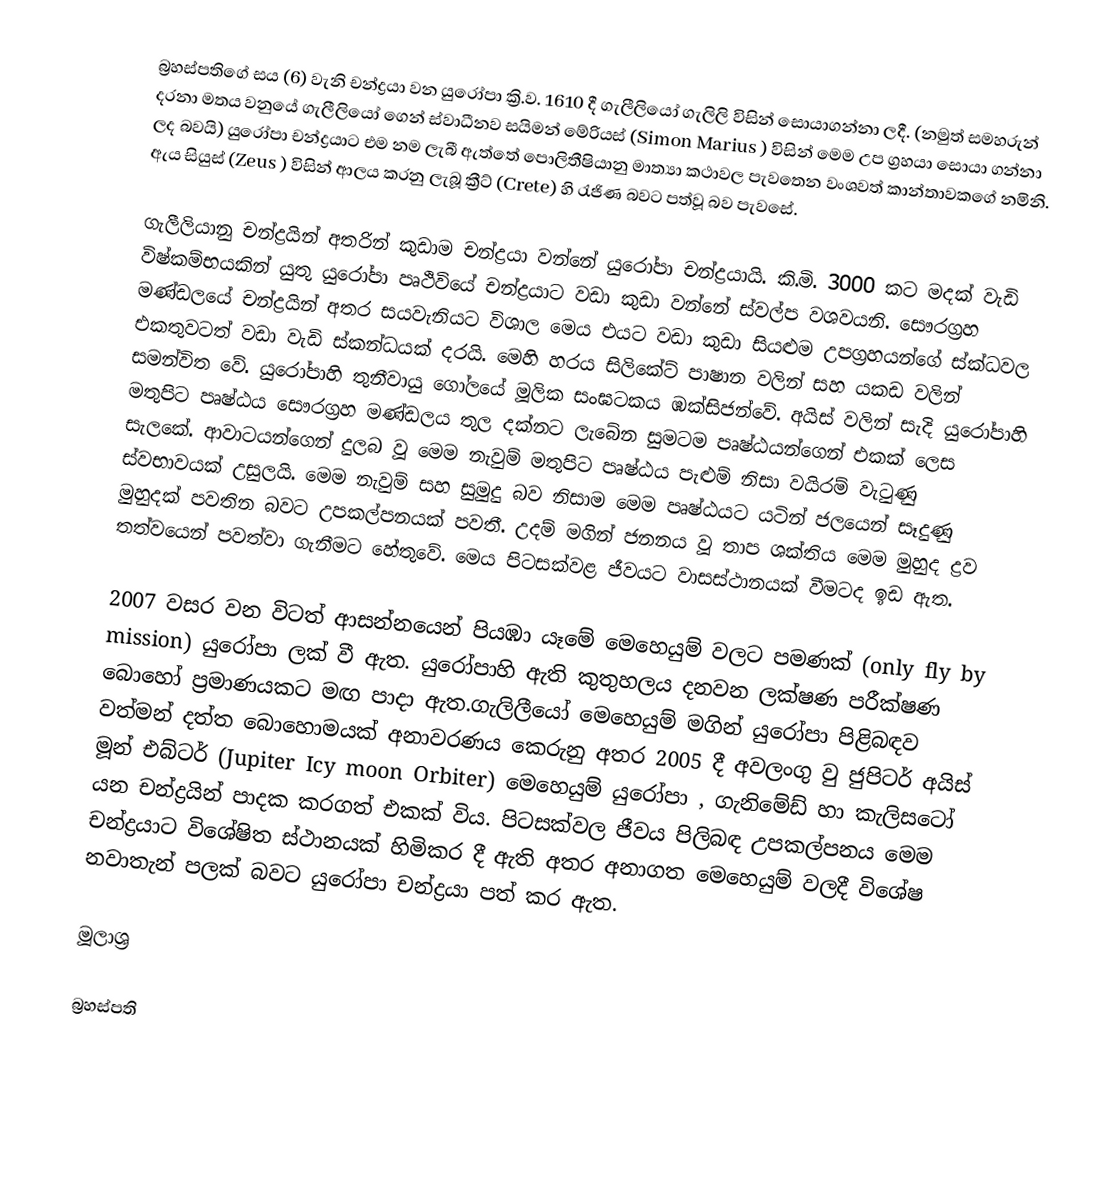
බ්‍රහස්පතිගේ සය (6) වැනි චන්ද්‍රයා වන යුරෝපා ක්‍රි.ව. 1610 දී ගැලීලියෝ ගැලිලි විසින් සොයාගන්නා ලදී. (නමුත් සමහරුන් දරනා මතය වනුයේ ගැලීලියෝ ගෙන් ස්වාධීනව සයිමන් මේරියස් (Simon Marius ) විසින් මෙම උප ග්‍රහයා සොයා ගන්නා ලද බවයි) යුරෝපා චන්ද්‍රයාට එම නම ලැබී  ඇත්තේ පොලිතීෂියානු මාත්‍යා කථාවල පැවතෙන වංශවත් කාන්තාවකගේ නමිනි. ඇය සියුස් (Zeus ) විසින් ආලය කරනු ලැබූ ක්‍රීට් (Crete) හි රැජිණ බවට පත්වූ බව පැවසේ.

ගැලීලියානු චන්ද්‍රයින් අතරින් කුඩාම චන්ද්‍රයා වන්නේ යුරෝපා චන්ද්‍රයායි. කි.මි. 3000 කට මදක් වැඩි විෂ්කම්භයකින් යුතු යුරෝපා පෘථිවියේ චන්ද්‍රයාට වඩා කුඩා වන්නේ ස්වල්ප වශවයනි. සෞරග්‍රහ මණ්ඩලයේ චන්ද්‍රයින් අතර සයවැනියට විශාල මෙය එයට වඩා කුඩා සියළුම උපග්‍රහයන්ගේ ස්ක්ධවල එකතුවටත් වඩා වැඩි ස්කන්ධයක් දරයි. මෙහි හරය සිලිකේට් පාෂාන වලින් සහ යකඩ වලින් සමන්විත වේ. යුරෝපාහි තුනීවායු ගෝලයේ මූලික සංඝටකය ඹක්සිජන්වේ. අයිස් වලින් සැදි යුරෝපාහි මතුපිට පෘෂ්ඨය සෞරග්‍රහ මණ්ඩලය තුල දක්නට ලැබේන සුමටම පෘෂ්ඨයන්ගෙන් එකක් ලෙස සැලකේ. ආවාටයන්ගෙන් දුලබ වූ මෙම නැවුම් මතුපිට පෘෂ්ඨය පැළුම් නිසා වයිරම් වැටුණු ස්වභාවයක් උසුලයි. මෙම නැවුම් සහ සුමුදු බව නිසාම මෙම පෘෂ්ඨයට යටින් ජලයෙන් සෑදුණු මුහුදක් පවතින බවට උපකල්පනයක් පවතී. උදම් මගින් ජනනය වූ තාප ශක්තිය මෙම මුහුද ද්‍රව තත්වයෙන් පවත්වා ගැනීමට හේතුවේ. මෙය පිටසක්වළ ජීවයට වාසස්ථානයක් වීමටද ඉඩ ඇත.

2007 වසර වන විටත්  ආසන්නයෙන් පියඹා යෑමේ මෙහෙයුම් වලට පමණක් (only fly by mission) යුරෝපා ලක් වී ඇත. යුරෝපාහි ඇති කුතුහලය දනවන ලක්ෂණ පරීක්ෂණ බොහෝ ප්‍රමාණයකට මඟ පාදා ඇත.ගැලිලීයෝ මෙහෙයුම් මගින්  යුරෝපා පිළිබඳව වත්මන් දත්ත බොහොමයක් අනාවරණය කෙරුනු අතර 2005 දී අවලංගු වු ජුපිටර් අයිස් මූන් එබ්ටර් (Jupiter Icy moon Orbiter) මෙහෙයුම්  යුරෝපා , ගැනිමේඩ් හා කැලිසටෝ යන චන්ද්‍රයින් පාදක කරගත් එකක් විය. පිටසක්වල ජීවය පිලිබඳ උපකල්පනය මෙම චන්ද්‍රයාට විශේෂිත ස්ථානයක් හිමිකර දී ඇති අතර අනාගත මෙහෙයුම් වලදී විශේෂ නවාතැන් පලක් බවට යුරෝපා චන්ද්‍රයා පත් කර ඇත.

මූලාශ්‍ර

බ්‍රහස්පති